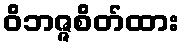
ဝိဘဇ္ဇစိတ်ထား